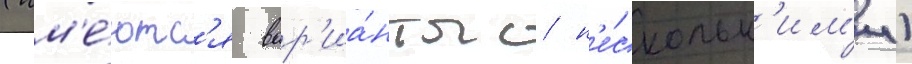
(им'е́ютс'я вар'иа́нты с н'е́скольк'им'и)